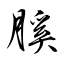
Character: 膎